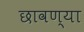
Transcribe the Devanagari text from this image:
छावण्‍या